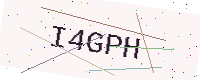
Text: I4GPH